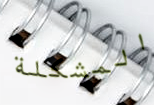
المشكلة